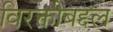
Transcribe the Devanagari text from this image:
विरक्तीबद्दल